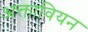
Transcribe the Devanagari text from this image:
अक्तावियन